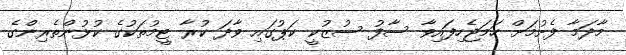
މާދަމާ ފެށުމަށް ހަމަޖެހިފައިވާ ސާފު ސުޒުކީ ކަޕުގައި ވާދަ ކުރާ ޓީމުތަކުގެ ކުޅުންތެރިންގެ